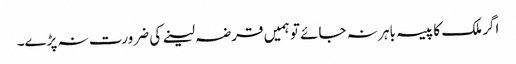
اگر ملک کا پیسہ باہر نہ جائے تو ہمیں قرضہ لینے کی ضرورت نہ پڑے۔